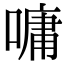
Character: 嘃